Indian journal of veterinary science and animal husbandry - Volume 5,
Year: 1935
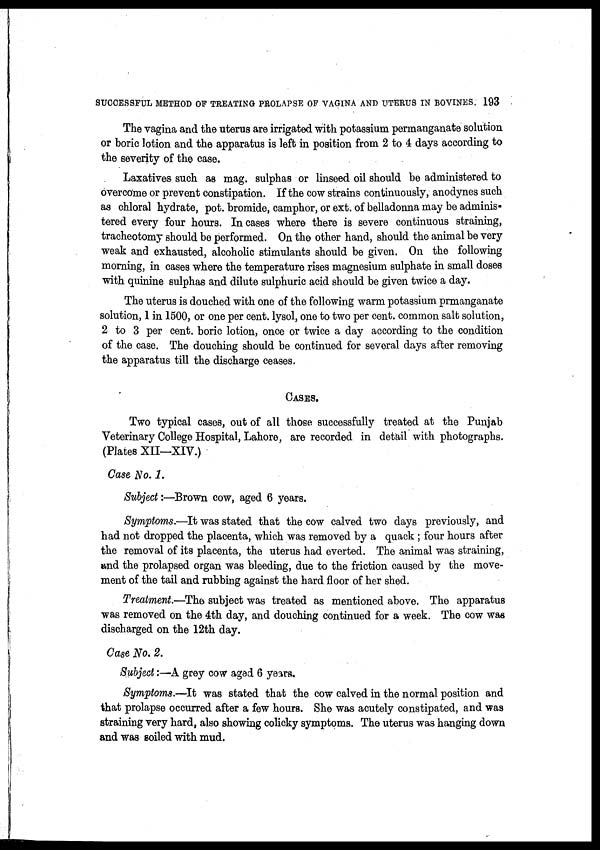
SUCCESSFUL METHOD OF TREATING PROLAPSE OF VAGINA AND UTERUS IN BOVINES. 193
The vagina and the uterus are irrigated with potassium permanganate solution
or boric lotion and the apparatus is left in position from 2 to 4 days according to
the severity of the case.
Laxatives such as mag. sulphas or linseed oil should be administered to
overcome or prevent constipation. If the cow strains continuously, anodynes such
as chloral hydrate, pot. bromide, camphor, or ext. of belladonna may be adminis-
tered every four hours. In cases where there is severe continuous straining,
tracheotomy should be performed. On the other hand, should the animal be very
weak and exhausted, alcoholic stimulants should be given. On the following
morning, in cases where the temperature rises magnesium sulphate in small doses
with quinine sulphas and dilute sulphuric acid should be given twice a day.
The uterus is douched with one of the following warm potassium prmanganate
solution, 1 in 1500, or one per cent. lysol, one to two per cent. common salt solution,
2 to 3 per cent. boric lotion, once or twice a day according to the condition
of the case. The douching should be continued for several days after removing
the apparatus till the discharge ceases.
CASES.
Two typical cases, out of all those successfully treated at the Punjab
Veterinary College Hospital, Lahore, are recorded in detail with photographs.
(Plates XII—XIV.)
Case No. 1.
Subject:—Brown cow, aged 6 years.
Symptoms.—It was stated that the cow calved two days previously, and
had not dropped the placenta, which was removed by a quack ; four hours after
the removal of its placenta, the uterus had everted. The animal was straining,
and the prolapsed organ was bleeding, due to the friction caused by the move-
ment of the tail and rubbing against the hard floor of her shed.
Treatment.—The subject was treated as mentioned above. The apparatus
was removed on the 4th day, and douching continued for a week. The cow was
discharged on the 12th day.
Case No. 2.
Subject:—A grey cow aged 6 years.
Symptoms.—It was stated that the cow calved in the normal position and
that prolapse occurred after a few hours. She was acutely constipated, and was
straining very hard, also showing colicky symptoms. The uterus was hanging down
and was soiled with mud.